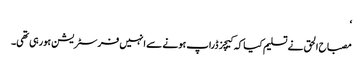
‘
مصباح الحق نے تسلیم کیا کہ کیچز ڈراپ ہونے سے انہیں فرسٹریشن ہورہی تھی۔